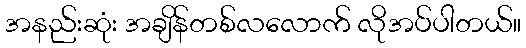
အနည်းဆုံး အချိန်တစ်လလောက် လိုအပ်ပါတယ်။